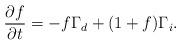
LaTeX: \begin{align*}\frac{\partial f}{\partial t}= -f \Gamma_d + (1+f) \Gamma_i.\end{align*}